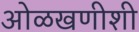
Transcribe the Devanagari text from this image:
ओळखणीशी